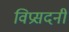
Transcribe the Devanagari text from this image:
विप्रसदनी